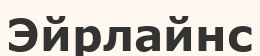
Эйрлайнс